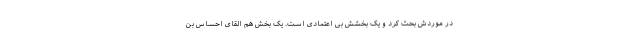
در موردش بحث کرد و یک بخشش بی اعتمادی است. یک بخش هم القای احساس بن